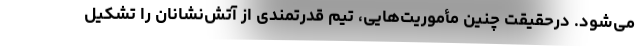
می‌شود. درحقیقت چنین مأموریت‌هایی، تیم قدرتمندی از آتش‌نشانان را تشکیل